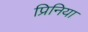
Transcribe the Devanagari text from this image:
प्रिनिया